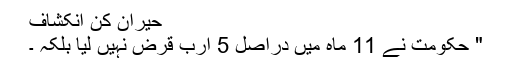
حیران کن انکشاف
" حکومت نے 11 ماہ میں دراصل 5 ارب قرض نہیں لیا بلکہ ۔